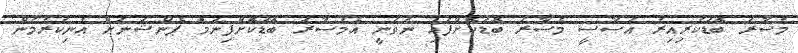
މުސާރަ ބޮޑުކުރިއިރު އަސާސީ މުސާރަ ބޮޑުކޮށްފައި ނުވަނީ އެމުސާރަ ބޮޑުކޮށްފިނަމަ ޕެންޝަނަށް އުނިކުރުމުން